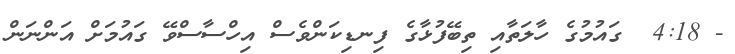
- 4:18  ގައުމުގެ ހާލަތާއި ތިބޭފުޅާގެ ފިނޑިކަންވެސް އިހްސާސްވޭ ގައުމަށް އަންނަން